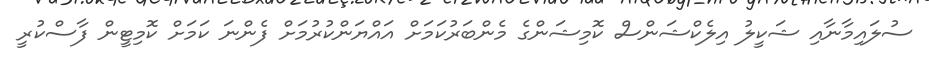
ސުލައިމާނާއި ޝަކީލު އިލެކްޝަންސް ކޮމިޝަންގެ މެންބަރުކަމަށް އައްޔަންކުރުމަށް ފެންނަ ކަމަށް ކޮމިޓީން ފާސްކުރީ